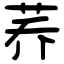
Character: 荞